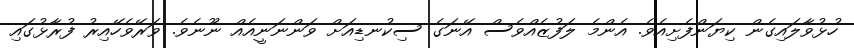
ހުޅުވާލައިގެން ކިޔަންފެށިއެވެ. އެންމެ ލަފުޒެއްވެސް އޭނަގެ ސިކުނޑިއަށް ވަންނަނީއެއް ނޫނެވެ. ވަރޭވެހޭއިރު ފުރާޅުގައި